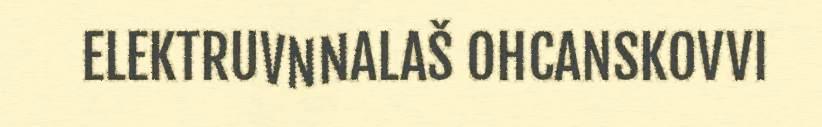
ELEKTRUVNNALAŠ OHCANSKOVVI